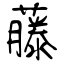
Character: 藤